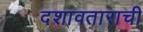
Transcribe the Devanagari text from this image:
दशावताराची